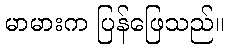
မာမားက ပြန်ဖြေသည်။